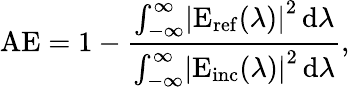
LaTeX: \mathrm{AE}=1-\frac{\int_{-\infty}^{\infty}\! \left|\mathrm{E}_{\mathrm{ref}}(\lambda)\right|^{2}\, \mathrm{d}\lambda}{\int_{-\infty}^{\infty}\! \left|\mathrm{E}_{\mathrm{inc}}(\lambda)\right|^{2}\, \mathrm{d}\lambda},